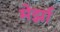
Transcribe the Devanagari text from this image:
मेर्झा